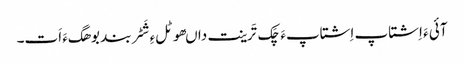
آئی ءَ اِشتاپ اِشتاپءَ چَک تَرینت داںھوٹلءِ شَٹربند بوھگءَ اَت۔